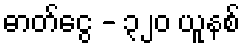
ဓာတ်ငွေ - ၃၂၀ ယူနစ်